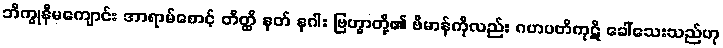
ဘိက္ခုနီမကျောင်း အာရာမ်စောင့် တိတ္ထိ နတ် နဂါး ဗြဟ္မာတို့၏ ဗိမာန်ကိုလည်း ဂဟပတိကုဋိ ခေါ်သေးသည်ဟု